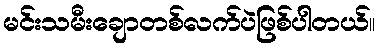
မင်းသမီးချောတစ်လက်ပဲဖြစ်ပါတယ်။